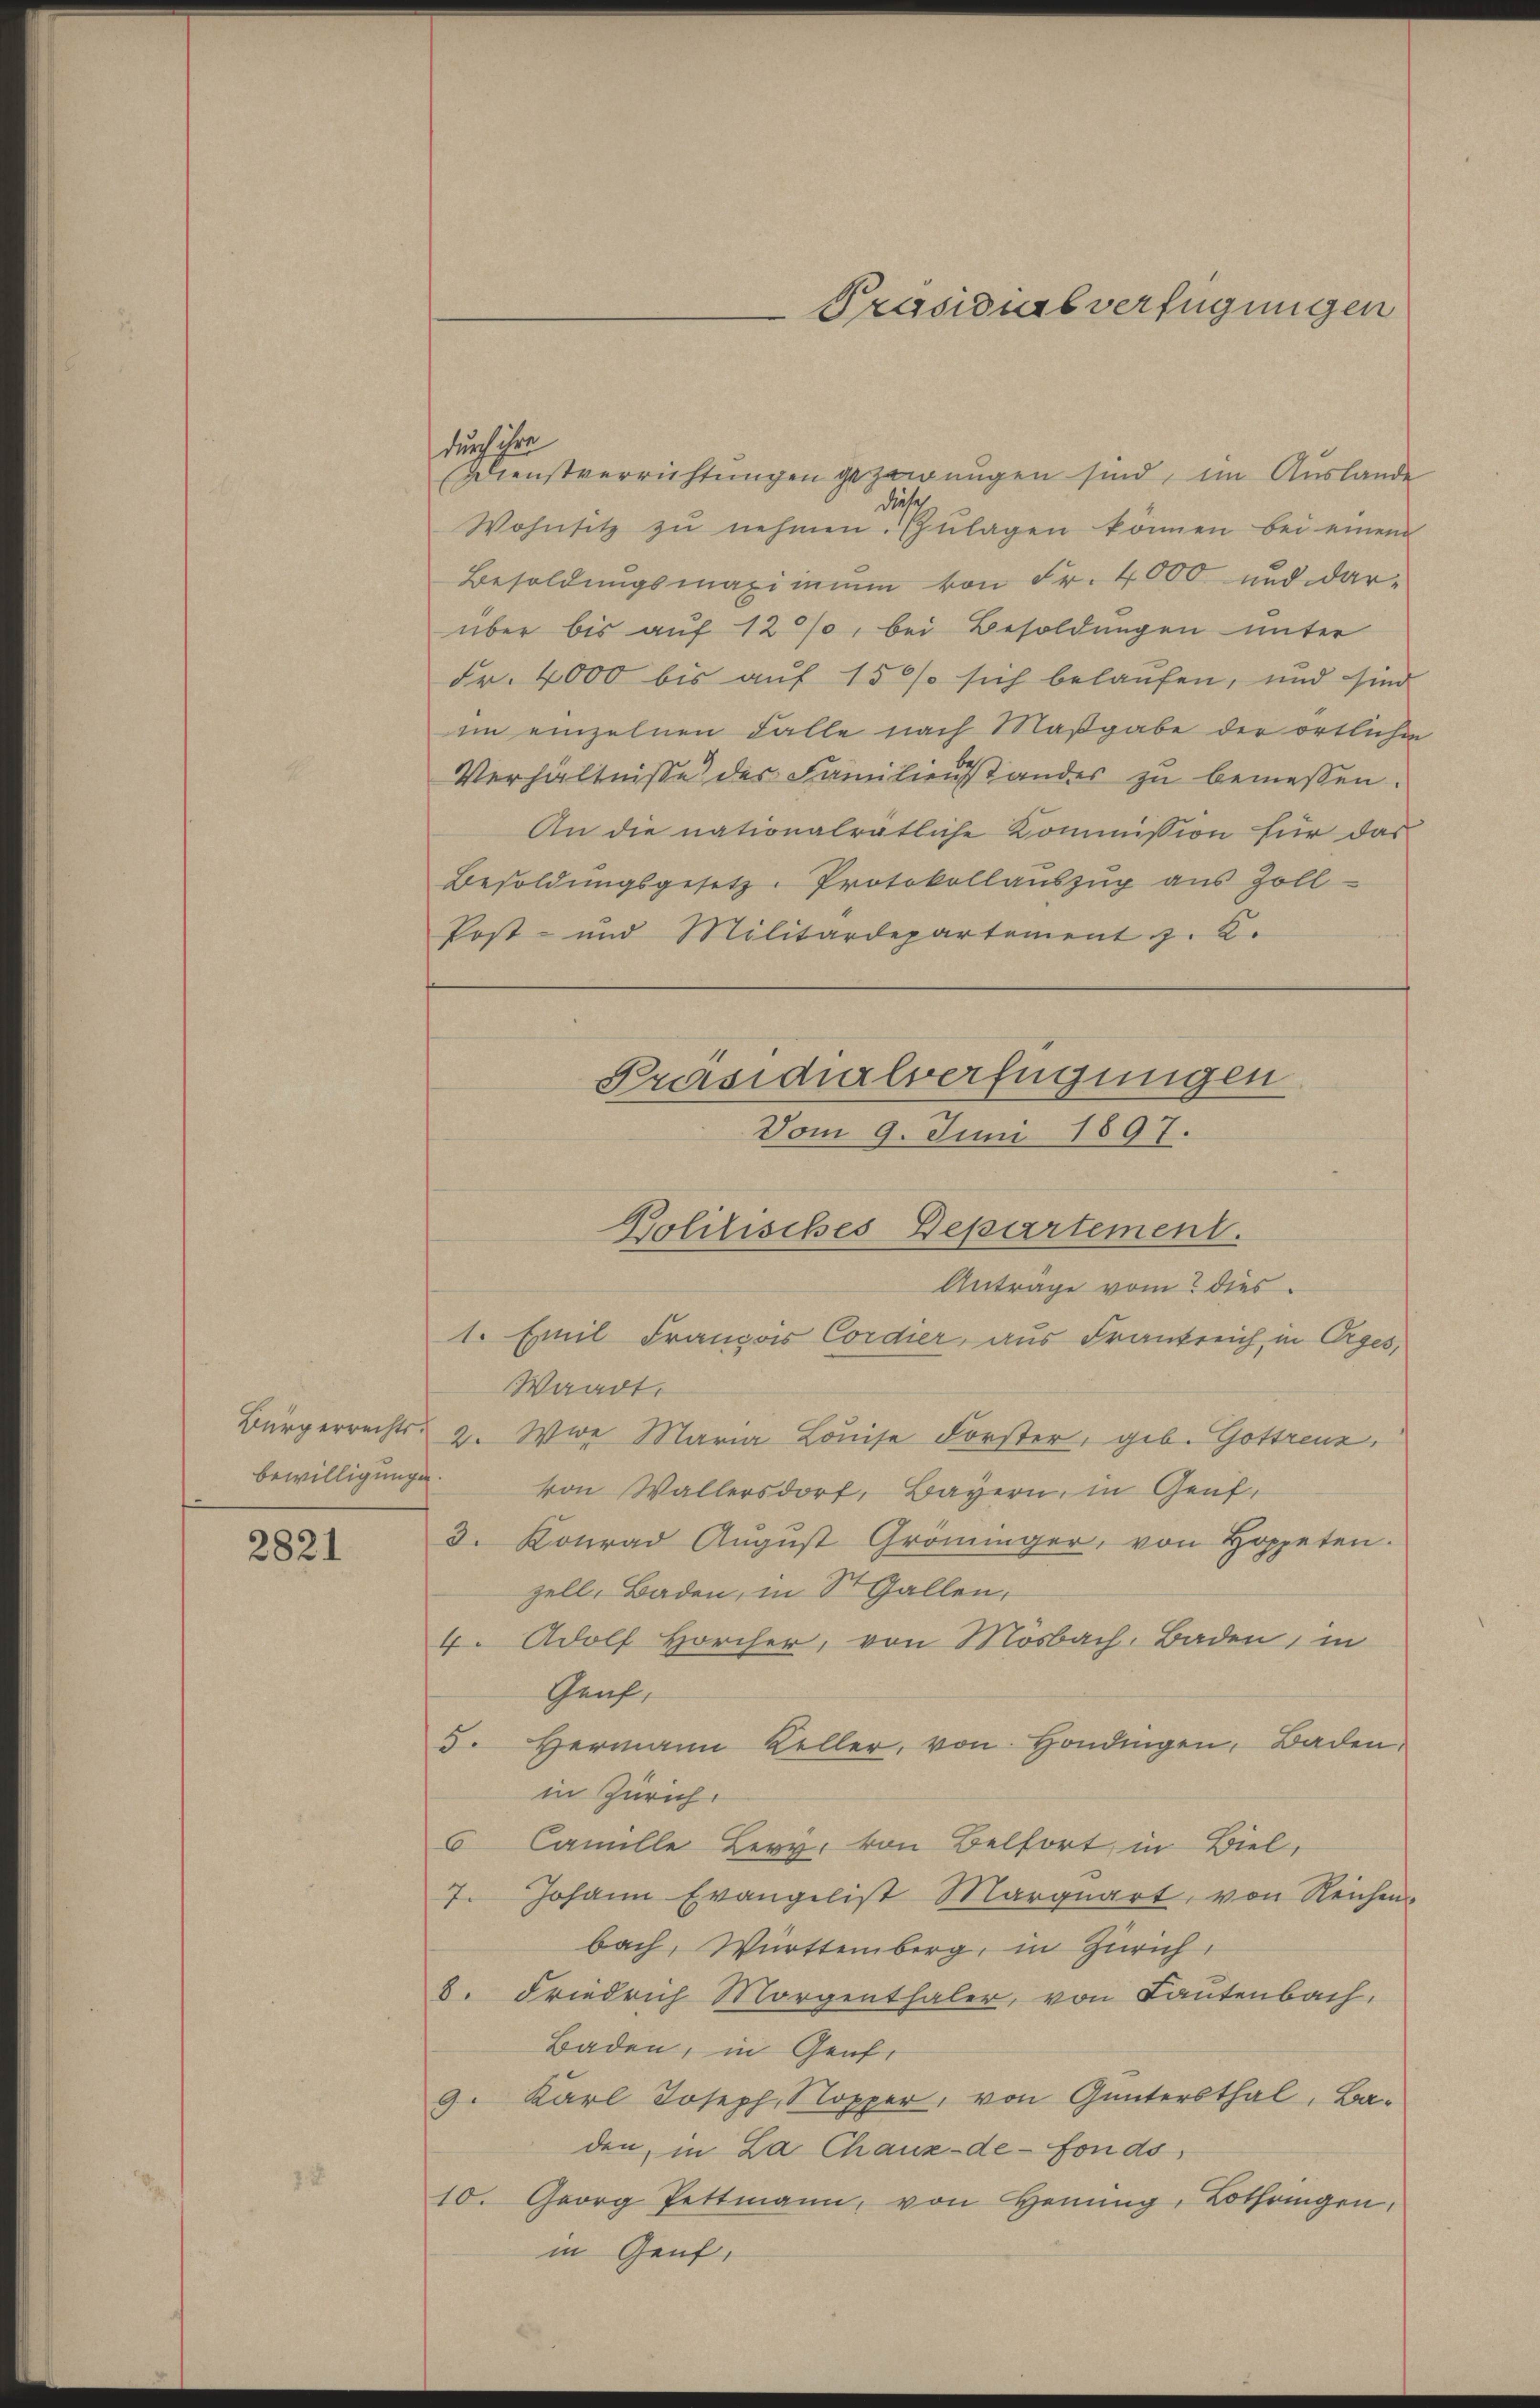
bewilligunge

2821

durch ihre
Dienstverrichtungen gezwungen sind, im Auslande
dieses
Wohnsitz zŭ nehmen. Zŭlagen können bei einem
Besoldungsmaximum von Fr. 4000 und darüber bis auf 12 %, bei Besoldungen unter
Fr. 4000 bis auf 15 % sich belaufen, und sind
im einzelnen Falle nach Maßgabe der örtlichen
Verhältnisse des Familienstandes zu bemessen.
An die nationalratliche Kommission für das
Besoldŭngsgesetz-Protokollaŭszŭg aŭs Zoll-
Post- und Militärdepartement z. K.
Vom 9. Juni 1897.
Anträge vom dies
1. Emil Franzois Cordier aus Frankreich, in Orges,
Waadt.
Bürgerrechts- 2. Wie Maria Louise Forster, geb. Gottenz,
von Wallersdorf, Bayern, in Genf,
3. Konrad Aŭgŭst Gröninger, von Hoppeten.
zell, Baden, in St. Gallen,
4. Adolf Horcher, von Mösbach, Baden, in
Graf,
5. Hermann Keller, von Hondingen, Baden,
in Zürich.
6 Camille Levy, von Belfort in Biel,
7. Johann Evangelist Marquart, von Reichen-
bach, Württemberg, in Zürich,
8. Friedrich Morgenthaler, von Lautenbach,
Baden, in Genf,
9. Karl Joseph Sopper, von Guntersthal, Ba-
den, in La Chaux-de-Fonds,
10. Georg Pettmann, von Henŭng, Lothringen,
in Genf,

Präsidialverfügungen

Präsidialverfügungen

Bolitisches Departement.